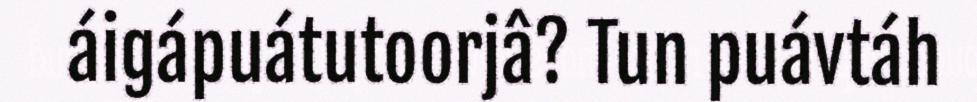
áigápuátutoorjâ? Tun puávtáh